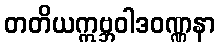
တတိယဣဗ္ဘဝါဒဝဏ္ဏနာ